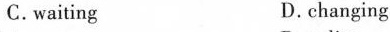
C. wåiting D. chẳnging